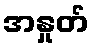
အနှုတ်